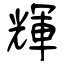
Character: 輝